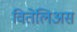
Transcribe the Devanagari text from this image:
वितेलिअस